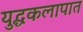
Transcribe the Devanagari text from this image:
युद्धकलापात